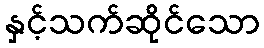
နှင့်သက်ဆိုင်သော